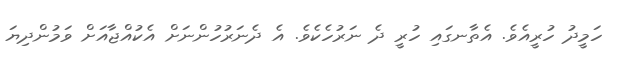
ހަމީދު ހުރީއެވެ. އެތާނގައި ހުރީ ދެ ނަރުހެކެވެ. އެ ދެނަރުހުންނަށް އެކުއްޖާއަށް ވަމުންދިޔަ